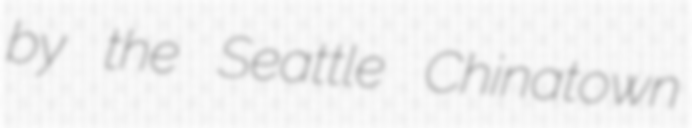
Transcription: by the Seattle Chinatown